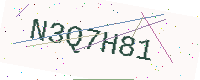
Text: N3Q7H81